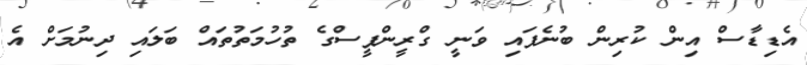
އެޑިޑާސް އިން ކުރިން ބުނެފައި ވަނީ ގްރީންޕީސްގެ ތުހުމަތުތައް ބަލައި ދިނުމަށް އެ